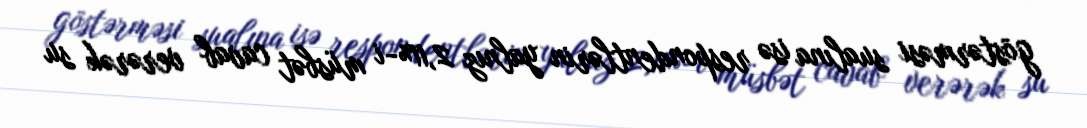
göstərməsi sualına isə respondentlərin yalnız 2,11%-i müsbət cavab verərək su